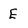
Character: E